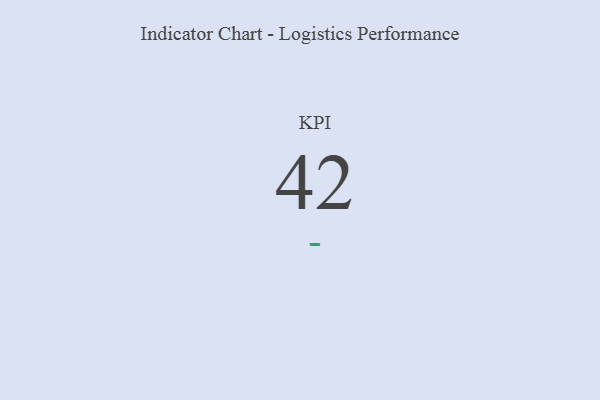
{"axis": {"x": "KPI", "y": "Value"}, "legend": [""], "data": [{"x": "KPI", "y": 42, "type": ""}]}